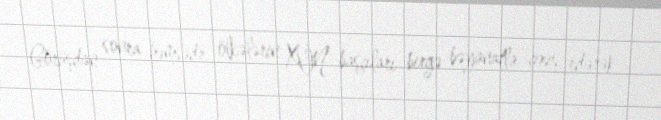
Görüşdən sonra həmsədr ölkələrin XİN başçıları birgə bəyanatla çıxış edərək